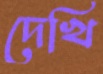
দেখি